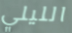
الليلي